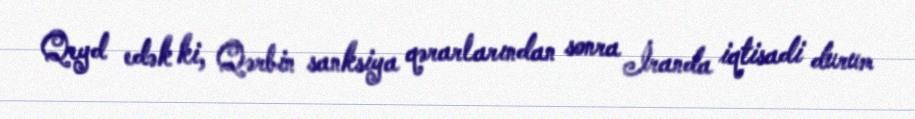
Qeyd edək ki, Qərbin sanksiya qərarlarından sonra İranda iqtisadi durum